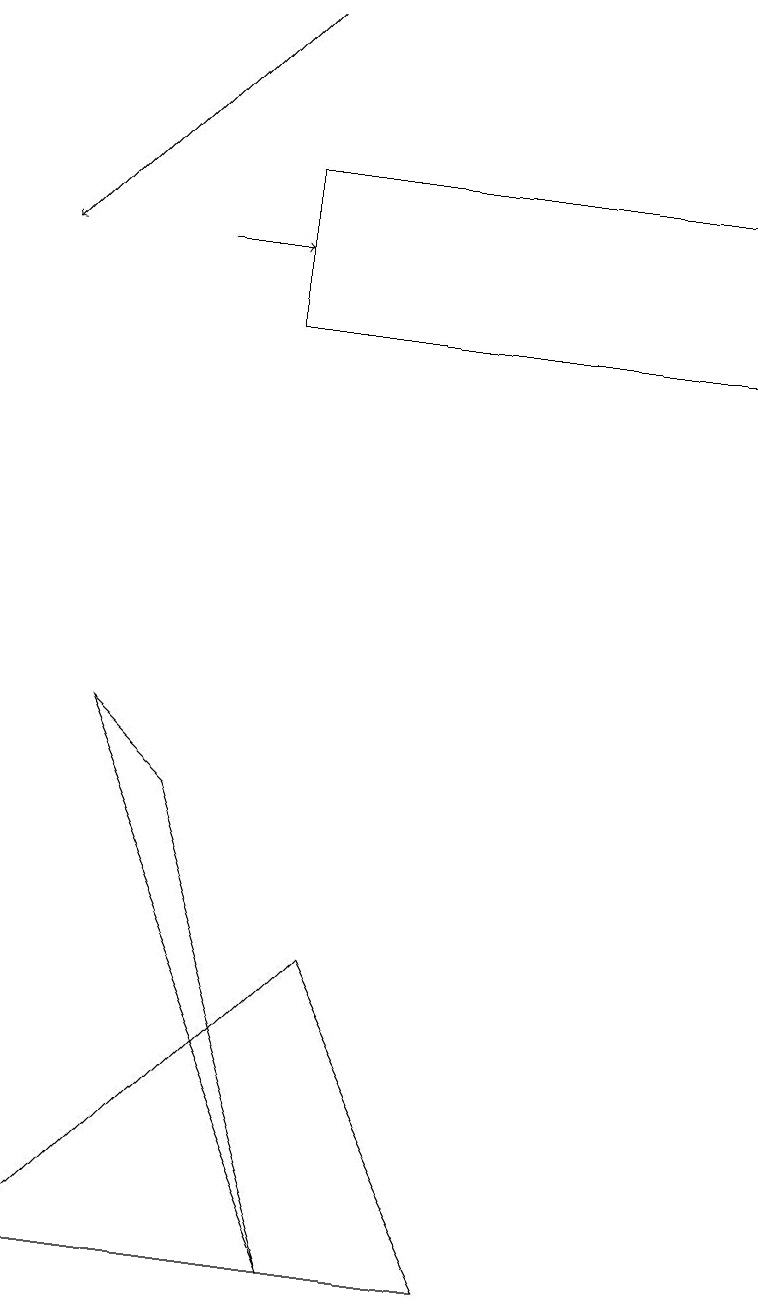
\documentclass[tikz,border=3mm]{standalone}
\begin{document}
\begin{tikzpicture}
\draw (6,2) -- (0,2) -- (4,6) -- cycle;
\draw[->] (2,15) -- (3,15);
\draw (3,14) rectangle (9,16);
\draw (4,2) -- (1,9) -- (2,8) -- cycle;
\draw[->] (3,18) -- (0,15);
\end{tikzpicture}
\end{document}